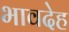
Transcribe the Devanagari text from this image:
भावदेह